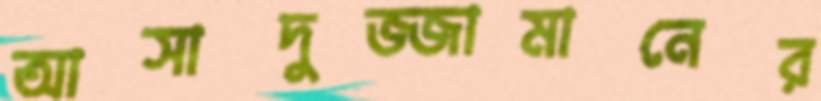
আসাদুজ্জামানের